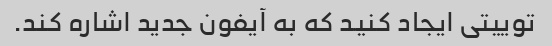
توییتی ایجاد کنید که به آیفون جدید اشاره کند.